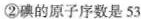
②碘的原子序数是53